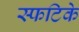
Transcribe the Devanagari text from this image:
स्फटिके